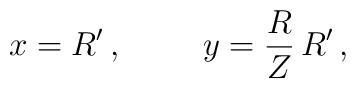
x  =  R' \, ,\hspace{1cm}y  =  \frac{R}{Z} \, R' \, ,